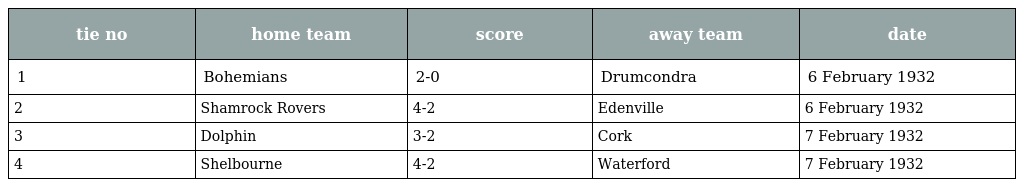
| tie no | home team | score | away team | date |
 | --- | --- | --- | --- | --- |
 | 1 | Bohemians | 2-0 | Drumcondra | 6 February 1932 |
 | 2 | Shamrock Rovers | 4-2 | Edenville | 6 February 1932 |
 | 3 | Dolphin | 3-2 | Cork | 7 February 1932 |
 | 4 | Shelbourne | 4-2 | Waterford | 7 February 1932 |